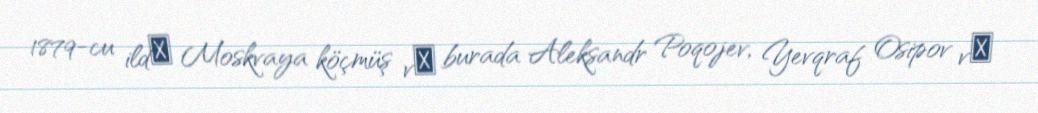
1879-cu ildә Moskvaya köçmüş vә burada Aleksandr Poqojev, Yevqraf Osipov vә